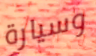
وسيارة